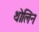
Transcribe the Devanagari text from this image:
थोलिन